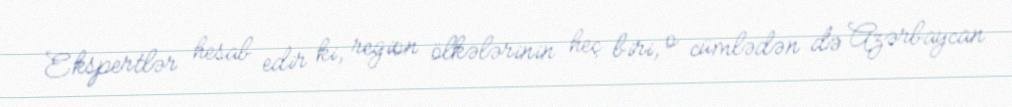
Ekspertlər hesab edir ki, region ölkələrinin heç biri, o cümlədən də Azərbaycan